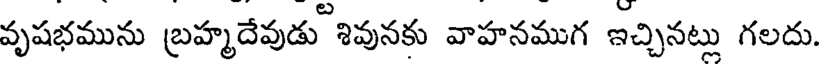
వృషభమును బ్రహ్మదేవుడు శివునకు వాహనముగ ఇచ్చినట్లు గలదు.